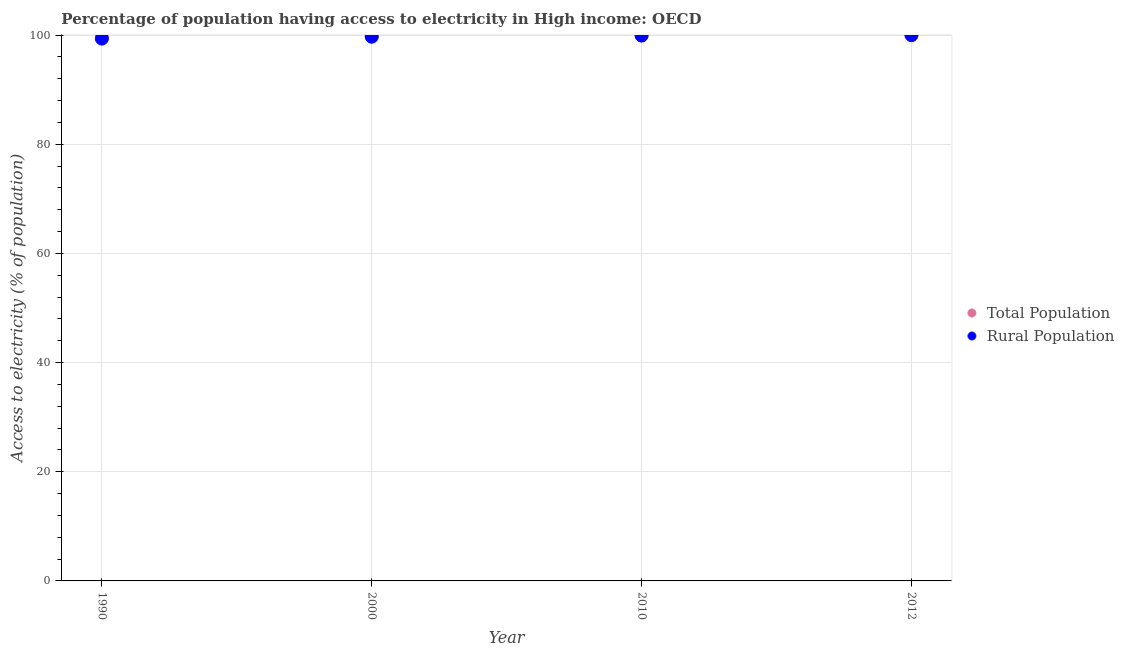
| Year | Total Population | Rural Population |
 | --- | --- | --- |
 | 1990 | 99.6 | 99.3 |
 | 2000 | 99.9 | 99.7 |
 | 2010 | 100 | 99.9 |
 | 2012 | 100 | 100 |